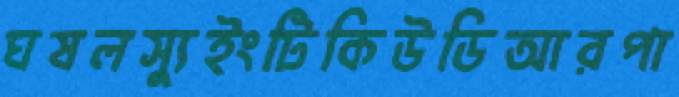
ঘষলস্যুইংটিকিউডিআরপা